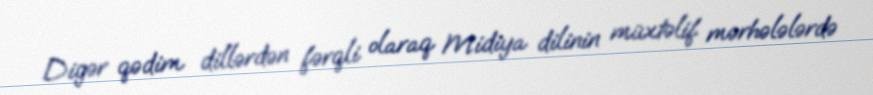
Digər qədim dillərdən fərqli olaraq Midiya dilinin müxtəlif mərhələlərdə